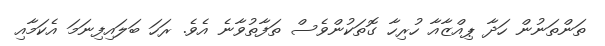
ތަންތަނުން ހަދާ ޕިއްޒާއާ ހުރިހާ ގޮތަކުންވެސް ތަފާތުވާނެ އެވެ. ރަހަ ބަލައިފިނަމަ އެކަމާއި